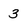
Character: 3